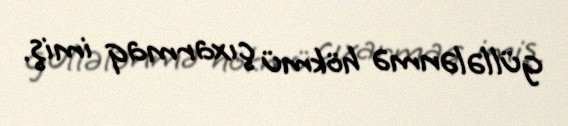
güllələnmə hökmü çıxarmaq imiş.